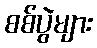
စစ်ပွဲများ